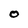
Character: O